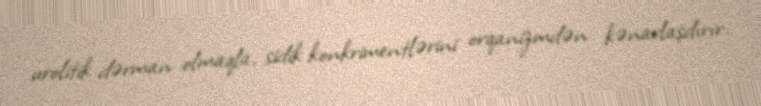
urolitik dərman olmaqla, sidik konkrimentlərini orqanizmdən kənarlaşdırır.